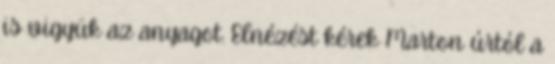
is vigyük az anyagot. Elnézést kérek Marton úrtól a